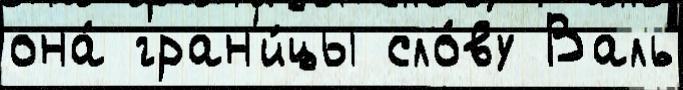
она́ гран'и́цы сло́ву Валь